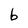
Character: b